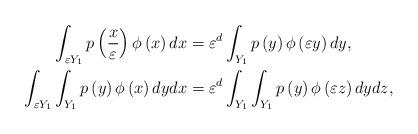
LaTeX: \begin{align*}\int_{\varepsilon Y_{1}}p\left(\frac{x}{\varepsilon}\right)\phi\left(x\right)dx & =\varepsilon^{d}\int_{Y_{1}}p\left(y\right)\phi\left(\varepsilon y\right)dy,\\\int_{\varepsilon Y_{1}}\int_{Y_{1}}p\left(y\right)\phi\left(x\right)dydx & =\varepsilon^{d}\int_{Y_{1}}\int_{Y_{1}}p\left(y\right)\phi\left(\varepsilon z\right)dydz,\end{align*}